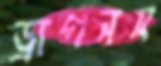
ড্রাগনস